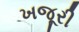
ખજૂરી